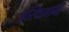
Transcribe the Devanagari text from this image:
अस्थिभागों